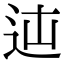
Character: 𨑿